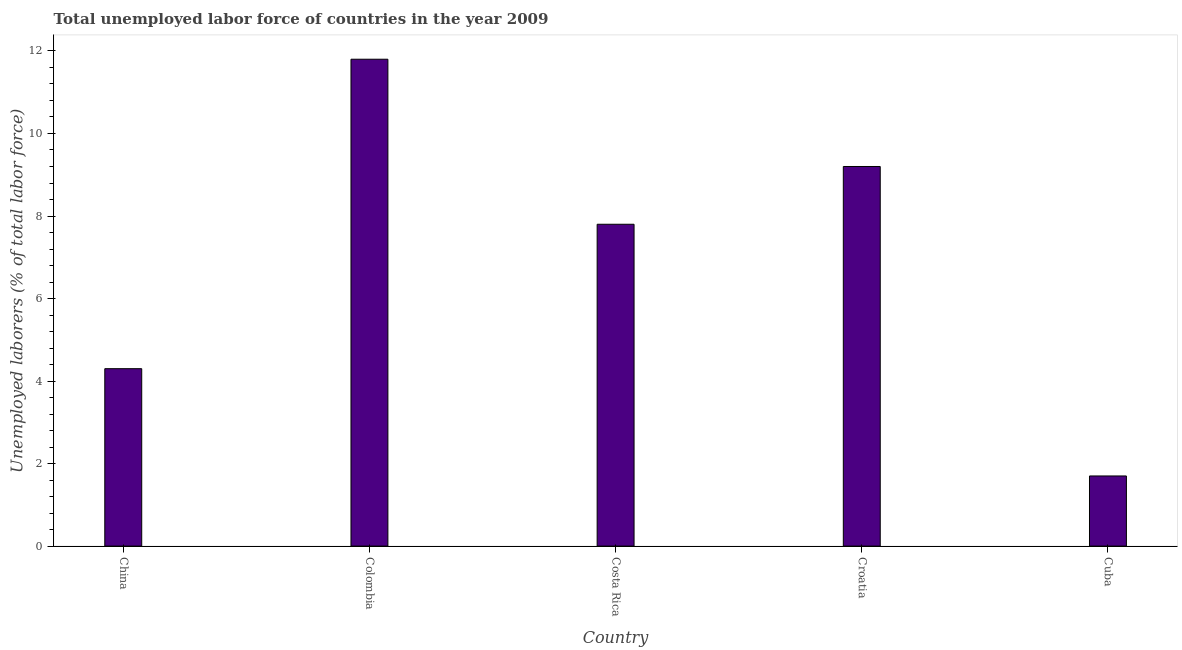
| Country | Unemployment total |
 | --- | --- |
 | China | 4.3 |
 | Colombia | 11.8 |
 | Costa Rica | 7.8 |
 | Croatia | 9.2 |
 | Cuba | 1.7 |